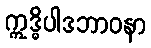
ဣဒ္ဓိပါဒဘာဝနာ